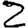
Digit: 2